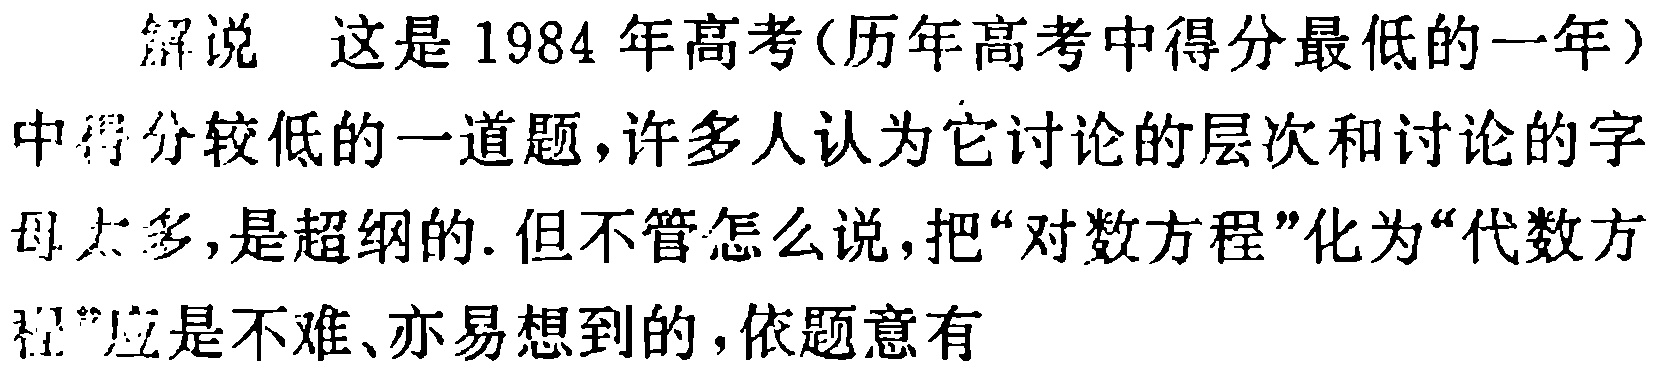
解说 这是1984年高考(历年高考中得分最低的一年)中得分较低的一道题,许多人认为它讨论的层次和讨论的字母太多,是超纲的. 但不管怎么说,把“对数方程”化为“代数方程”应是不难、亦易想到的,依题意有